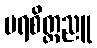
ပရစိတ္တညူ